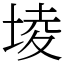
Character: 堎